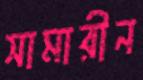
সামারীন